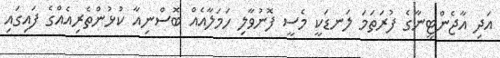
އަދި އާޖެންޓީނާގެ ފުރަތަމަ ލަނޑަކީ މެސީ ފޮނުވާލި ހަމަލާއެއް ބޮސްނިއާ ކުޅުންތެރިއެއްގެ ފައިގައި